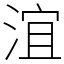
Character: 𣶺